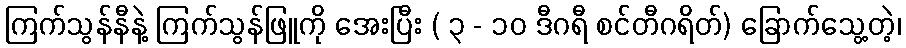
ကြက်သွန်နီနဲ့ ကြက်သွန်ဖြူကို အေးပြီး ( ၃ - ၁၀ ဒီဂရီ စင်တီဂရိတ်) ခြောက်သွေ့တဲ့၊